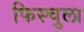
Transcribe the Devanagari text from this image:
फिस्‍चुला